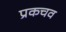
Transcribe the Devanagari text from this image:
प्रकचव